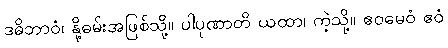
ဒဓိဘာဝံ၊ နို့ဓမ်းအဖြစ်သို့။ ပါပုဏာတိ ယထာ၊ ကဲ့သို့။ ဧဝမေဝံ ဧဝံ